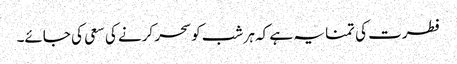
فطرت کی تمنا یہ ہے کہ ہر شب کو سحر کرنے کی سعی کی جائے۔